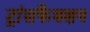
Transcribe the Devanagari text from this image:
ट्रांसफैक्शन